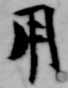
用